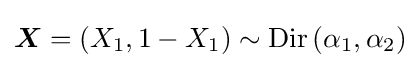
{\boldsymbol {X}}=(X_{1},1-X_{1})\sim \operatorname {Dir} \left(\alpha _{1},\alpha _{2}\right)